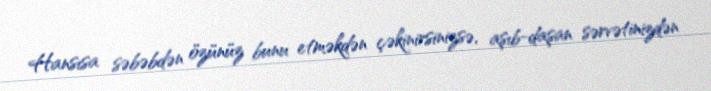
Hansısa səbəbdən özünüz bunu etməkdən çəkinirsinizsə, aşıb-daşan sərvətinizdən